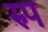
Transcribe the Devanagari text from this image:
ऱुप